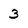
Character: 3